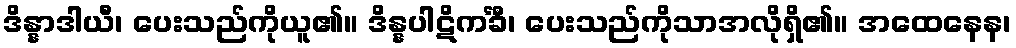
ဒိန္နာဒါယီ၊ ပေးသည်ကိုယူ၏။ ဒိန္နပါဋိကင်္ခီ၊ ပေးသည်ကိုသာအလိုရှိ၏။ အထေနေန၊